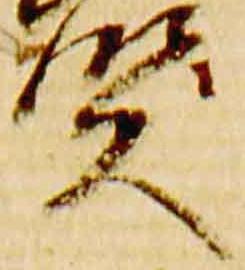
賢